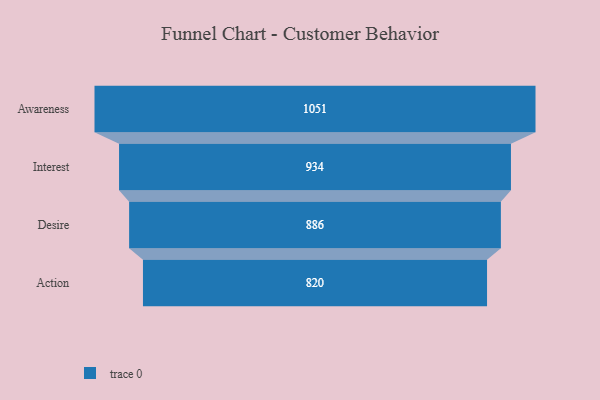
{"axis": {"x": "Stage", "y": "Value"}, "legend": [""], "data": [{"x": "Awareness", "y": 1051.0, "type": ""}, {"x": "Interest", "y": 934.0, "type": ""}, {"x": "Desire", "y": 886.0, "type": ""}, {"x": "Action", "y": 820.0, "type": ""}]}